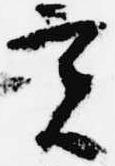
実